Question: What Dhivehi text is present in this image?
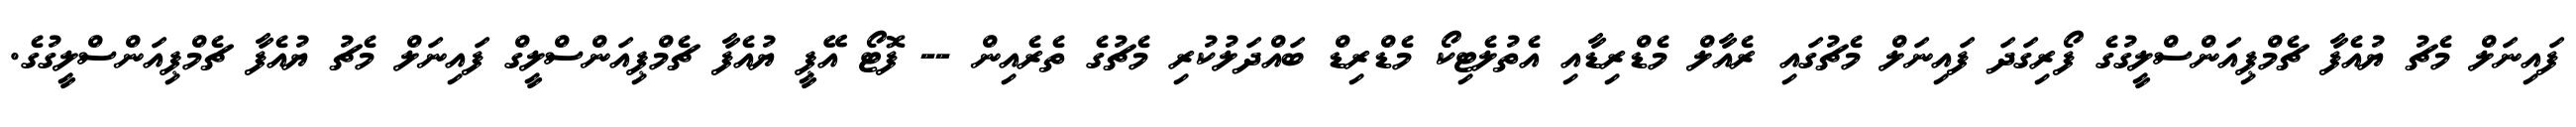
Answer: ފައިނަލް މެޗު ޔުއެފާ ޗެމްޕިއަންސްލީގުގެ ފޯރިގަދަ ފައިނަލް މެޗުގައި ރެއާލް މެޑްރިޑާއި އެތުލެޓިކޯ މެޑްރިޑް ބައްދަލުކުރި މެޗުގެ ތެރެއިން -- ފޮޓޯ އޭޕީ ޔުއެފާ ޗެމްޕިއަންސްލީގް ފައިނަލް މެޗު ޔުއެފާ ޗެމްޕިއަންސްލީގުގެ.